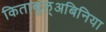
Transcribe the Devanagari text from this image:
किताबुल्अबिनिया